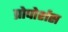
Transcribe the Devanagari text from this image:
प्रोपोर्शस